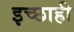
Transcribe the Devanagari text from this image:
इच्छाही